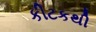
કીટકથી